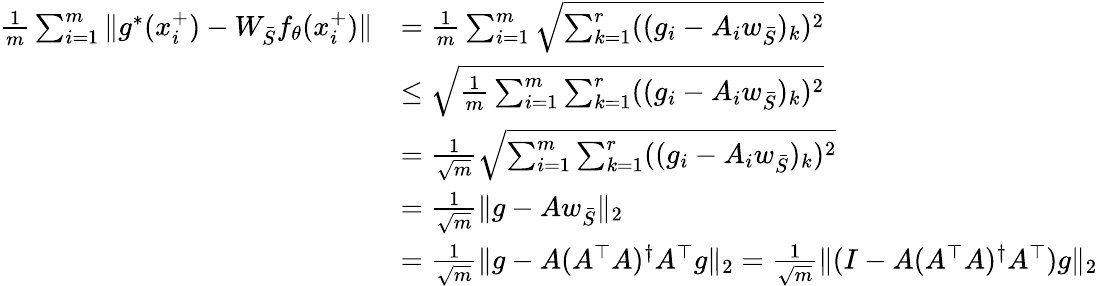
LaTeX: \begin{array}{rl}{\frac{1}{m}\sum_{i=1}^{m}\| g^{*}(x_{i}^{+})-W_{{\bar{S}}}f_{\theta}(x_{i}^{+})\| }&{=\frac{1}{m}\sum_{i=1}^{m}\sqrt{\sum_{k=1}^{r}((g_{i}-A_{i}w_{\bar{S}})_{k})^{2}}}\\ &{\le\sqrt{\frac{1}{m}\sum_{i=1}^{m}\sum_{k=1}^{r}((g_{i}-A_{i}w_{\bar{S}})_{k})^{2}}}\\ &{=\frac{1}{\sqrt{m}}\sqrt{\sum_{i=1}^{m}\sum_{k=1}^{r}((g_{i}-A_{i}w_{\bar{S}})_{k})^{2}}}\\ &{=\frac{1}{\sqrt{m}}\| g-Aw_{\bar{S}}\| _{2}}\\ &{=\frac{1}{\sqrt{m}}\| g-A(A^{\top}A)^{\dagger}A^{\top}g\| _{2}=\frac{1}{\sqrt{m}}\| (I-A(A^{\top}A)^{\dagger}A^{\top})g\| _{2}}\end{array}